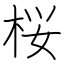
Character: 桜